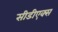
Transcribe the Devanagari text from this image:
सीडीएक्स